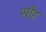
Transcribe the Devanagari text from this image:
सौह